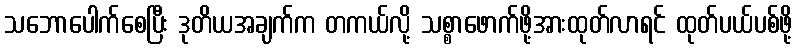
သဘောပေါက်စေပြီး ဒုတိယအချက်က တကယ်လို့ သစ္စာဖောက်ဖို့အားထုတ်လာရင် ထုတ်ပယ်ပစ်ဖို့